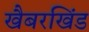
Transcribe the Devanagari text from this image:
खैबरखिंड